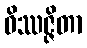
ဝိဿဇ္ဇိတာ